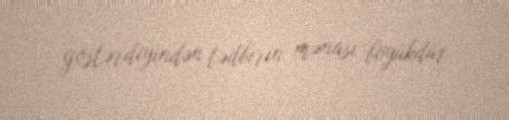
göstərdiyindən tədbirin mənası böyükdür.